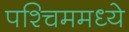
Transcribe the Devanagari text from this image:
पश्चिममध्ये